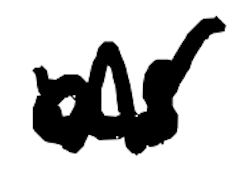
Text: as
Cross-out: zig-zag
Writing tool: digital_black